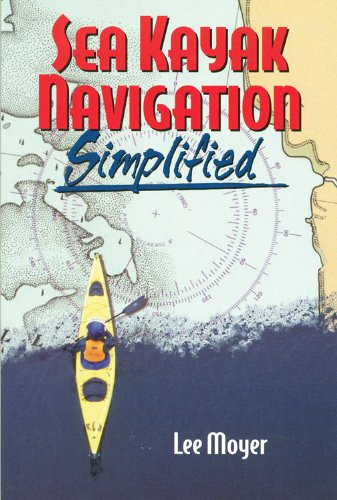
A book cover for Sea Kayak Navigation Simplified; Lee Moyer; Sports & Outdoors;